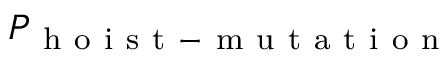
P _ { \mathrm { ~ h ~ o ~ i ~ s ~ t ~ - ~ m ~ u ~ t ~ a ~ t ~ i ~ o ~ n ~ } }